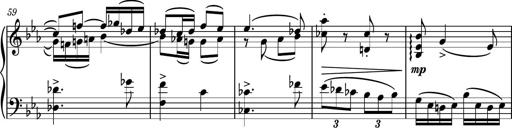
Title: Piano Sonatina No.5
Composer: Dimitri Sykias
Key: C minor